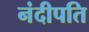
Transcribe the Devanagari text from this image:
नंदीपति